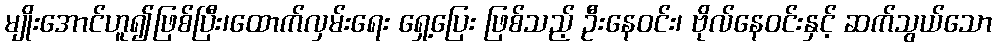
မျိုးအောင်ဟူ၍ဖြစ်ပြီး၊ထောက်လှမ်းရေး ရှေ့ပြေး ဖြစ်သည့် ဦးနေဝင်း၊ ဗိုလ်နေဝင်းနှင့် ဆက်သွယ်သော